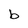
Character: b